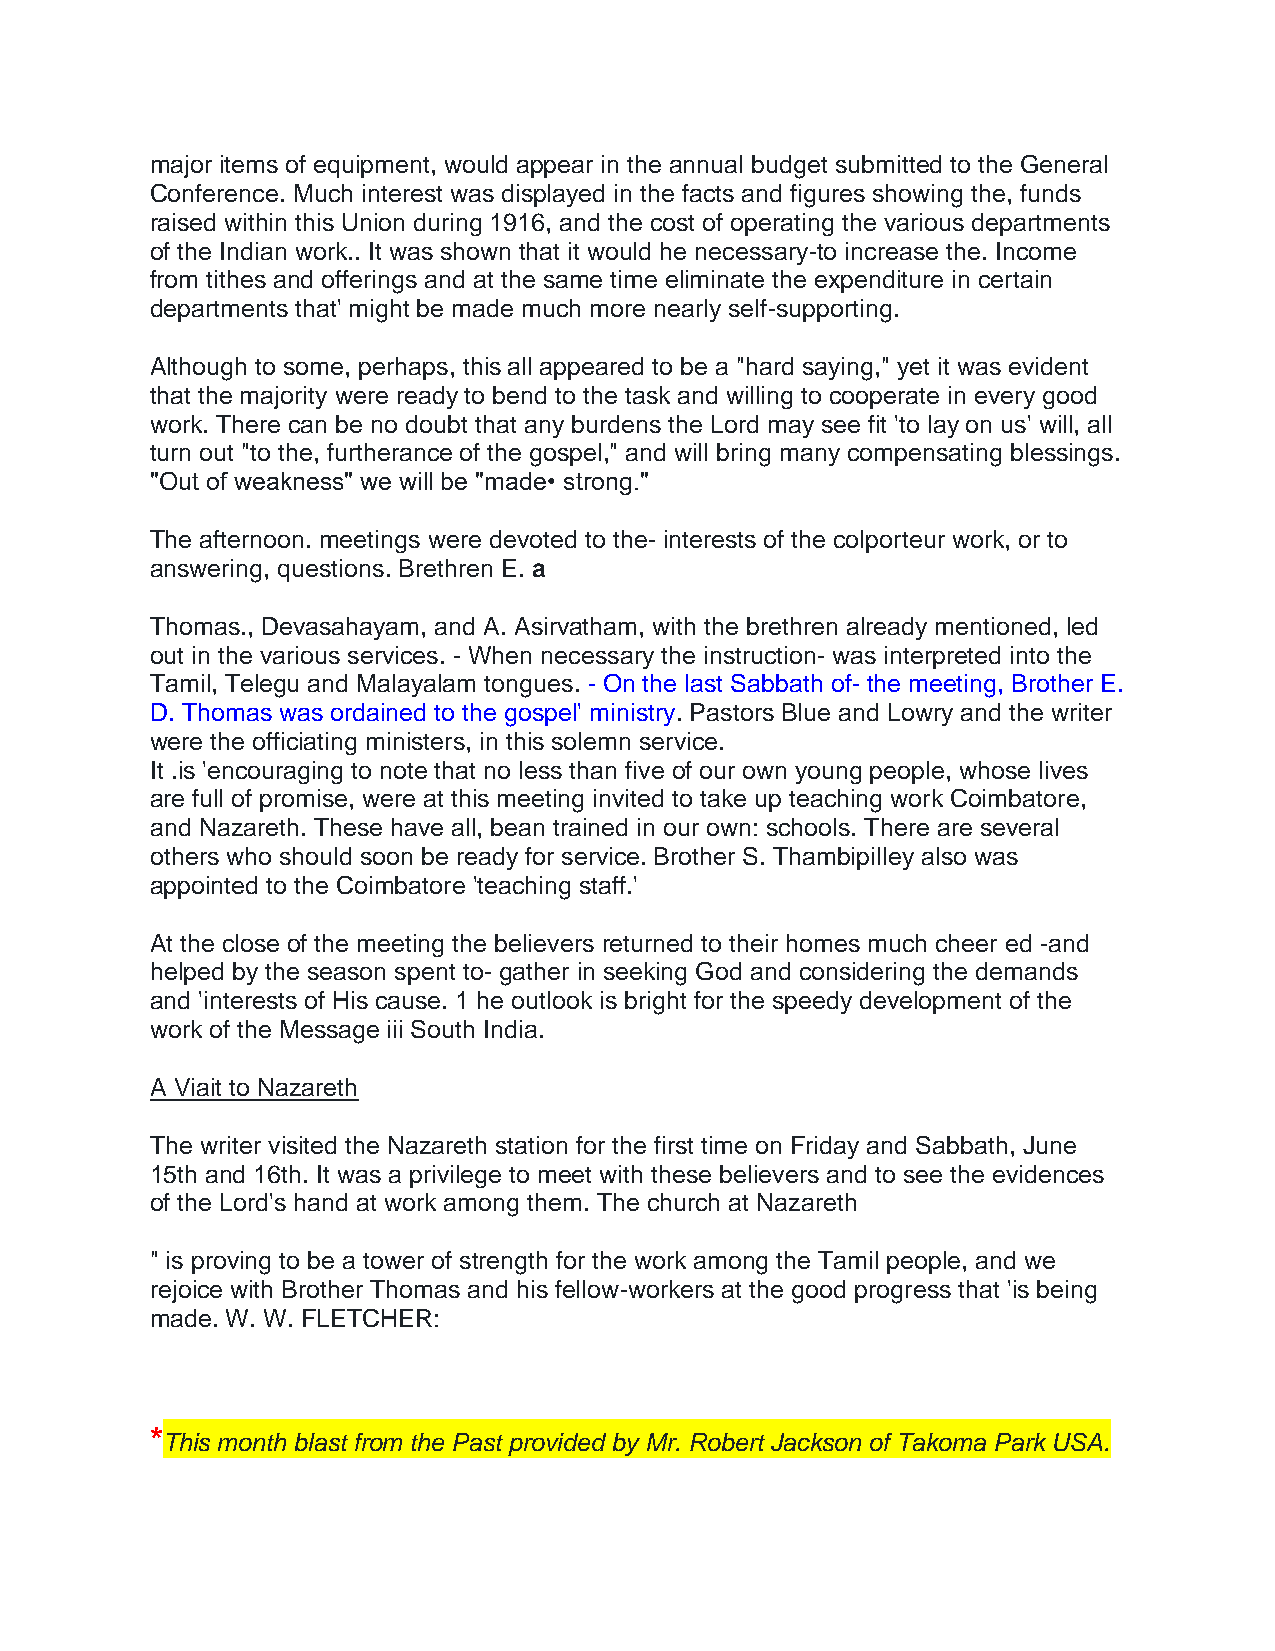
major items of equipment, would appear in the annual budget submitted to the General
 Conference. Much interest was displayed in the facts and figures showing the, funds
 raised within this Union during 1916, and the cost of operating the various departments
 of the Indian work.. It was shown that it would he necessary-to increase the. Income
 from tithes and offerings and at the same time eliminate the expenditure in certain
 departments that' might be made much more nearly self-supporting.
 Although to some, perhaps, this all appeared to be a "hard saying," yet it was evident
 that the majority were ready to bend to the task and willing to cooperate in every good
 work. There can be no doubt that any burdens the Lord may see fit 'to lay on us' will, all
 turn out "to the, furtherance of the gospel," and will bring many compensating blessings.
 "Out of weakness" we will be "made• strong."
 The afternoon. meetings were devoted to the- interests of the colporteur work, or to
 answering, questions. Brethren E. a
 Thomas., Devasahayam, and A. Asirvatham, with the brethren already mentioned, led
 out in the various services. - When necessary the instruction- was interpreted into the
 Tamil, Telegu and Malayalam tongues. - On the last Sabbath of- the meeting, Brother E.
 D. Thomas was ordained to the gospel' ministry. Pastors Blue and Lowry and the writer
 were the officiating ministers, in this solemn service.
 It .is 'encouraging to note that no less than five of our own young people, whose lives
 are full of promise, were at this meeting invited to take up teaching work Coimbatore,
 and Nazareth. These have all, bean trained in our own: schools. There are several
 others who should soon be ready for service. Brother S. Thambipilley also was
 appointed to the Coimbatore 'teaching staff.'
 At the close of the meeting the believers returned to their homes much cheer ed -and
 helped by the season spent to- gather in seeking God and considering the demands
 and 'interests of His cause. 1 he outlook is bright for the speedy development of the
 work of the Message iii South India.
 A Viait to Nazareth
 The writer visited the Nazareth station for the first time on Friday and Sabbath, June
 15th and 16th. It was a privilege to meet with these believers and to see the evidences
 of the Lord's hand at work among them. The church at Nazareth
 " is proving to be a tower of strength for the work among the Tamil people, and we
 rejoice with Brother Thomas and his fellow-workers at the good progress that 'is being
 made. W. W. FLETCHER:
 *
 This month blast from the Past provided by Mr. Robert Jackson of Takoma Park USA.